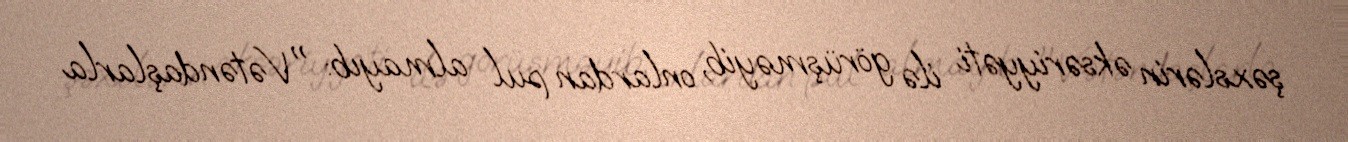
şəxslərin əksəriyyəti ilə görüşməyib, onlardan pul almayıb: "Vətəndaşlarla